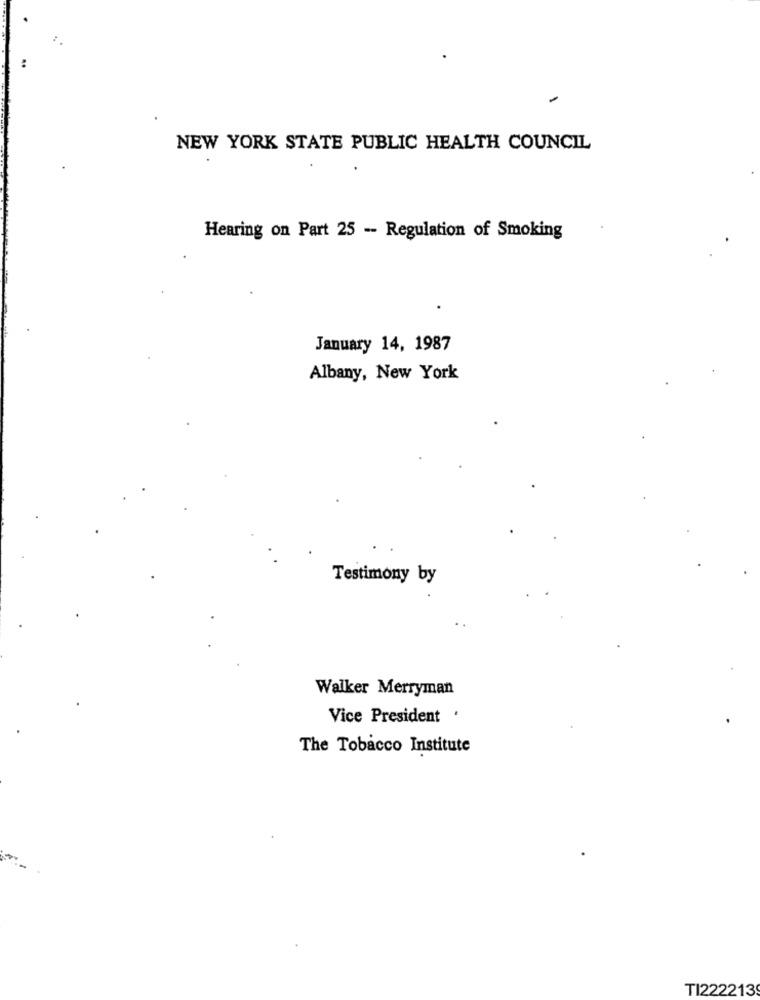
NEW YORK STATE PUBLIC HEALTH COUNCIL
Hearing on Part 25 -- Regulation of Smoking
January 14, 1987
Albany, New York
Testimony by
Walker Merryman
Vice President .
The Tobacco Institute
TI222213